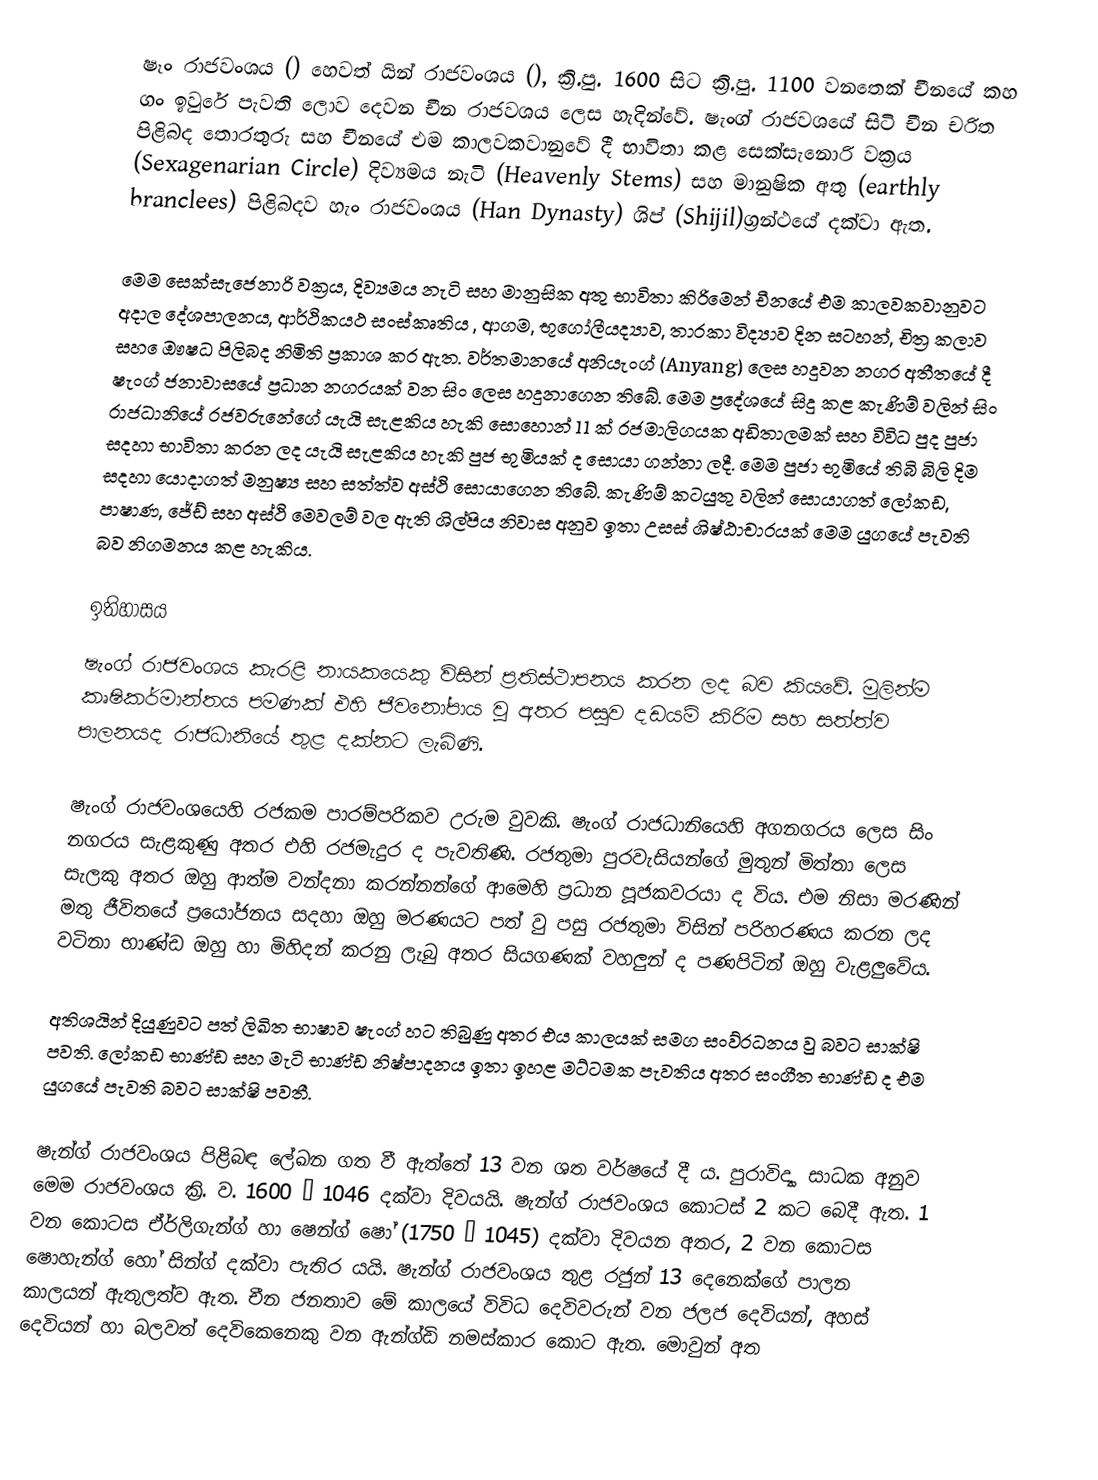
ෂෑං රාජවංශය () හෙවත් ‍යින් ‍රාජවංශය (), ක්‍රි.පු. 1600 සිට ක්‍රි.පු. 1100 වනතෙක් චීනයේ කහ ගං ඉවුරේ පැවති ලොව දෙවන චීන රාජවශය ලෙස හැදින්වේ. ෂැංග් රාජවශයේ සිටි චීන චරිත පිළිබද තොරතුරු සහ චීනයේ එම කාලවකවානුවේ දී භාවිතා කළ සෙක්සැනොරි වක්‍රය (Sexagenarian Circle) දිව්‍යමය නැටි  (Heavenly Stems) සහ මානුෂික අතු (earthly branclees) පිළිබදව හැං රාජවංශය (Han Dynasty) ශිප් (Shijil)ග්‍රන්ථයේ දක්වා ඇත.

මෙම සෙක්සැජෙනාරි වක්‍රය, දිව්‍යමය නැටි සහ මානුසික අතු භාවිතා කිරිමෙන් චීනයේ එම කාලවකවානුවට අදාල දේශපාලනය, ආර්ථිකයථ සංස්කෘතිය , ආගම, භූගෝලීයද්‍යාව, තාරකා විද්‍යාව දින සටහන්, චිත්‍ර කලාව සහ ‍ෙඖෂධ පිලිබද නිමිති ප්‍රකාශ කර ඇත. වර්තමානයේ අනියැංග් (Anyang) ලෙස හදුවන නගර අතීතයේ දී ෂැංග් ජනාවාසයේ ප්‍රධාන නගරයක් වන සිං ලෙස හදුනාගෙන තිබේ. මෙම ප්‍රදේශයේ සිදු කළ කැණිම් වලින් සිං රාජධානියේ රජවරුනේගේ යැයි සැළකිය හැකි සොහොන් 11 ක් රජමාලිගයක අඩිතාලමක් සහ විවිධ පුද පුජා සදහා භාවිතා කරන ලද යැයි සැළකිය හැකි පුජ භුමියක් ද සොයා ගන්නා ලදී. මෙම පුජා භුමියේ තිබි බිලි දිම සදහා යොදාගත් මනුෂ්‍ය සහ සත්ත්ව අස්ථි සොයාගෙන තිබේ. කැණිම් කටයුතු වලින් සොයාගත් ලෝකඩ, පාෂාණ, ජේඩ් සහ අස්ථි මෙවලම් වල ඇති ශිල්පිය නිවාස අනුව ඉතා උසස් ශිෂ්ඨාචාරයක් මෙම යුගයේ පැවති බව නිගමනය කළ හැකිය.

ඉතිහාසය
ෂැංග් රාජවංශය කැරළි නායකයෙකු විසින් ප්‍රතිස්ථාපනය කරන ලද බව කියවේ. මුලින්ම කෘෂිකර්මාන්තය පමණක් එහි ජිවනෝපාය වු අතර පසුව දඩයම් කිරිම සහ සත්ත්ව පාලනයද රාජධානියේ තුළ දක්නට ලැබිණි.

ෂැංග් රාජවංශයෙහි රජකම පාරම්පරිකව උරුම වුවකි. ෂැංග් රාජධානියෙහි අගනගරය ලෙස සිං නගරය සැළකුණු අතර එහි රජමැදුර ද පැවතිණි. රජතුමා පුරවැසියන්ගේ මුතුන් මිත්තා ලෙස සැලකු අතර ඔහු ආත්ම වන්දනා කරන්නන්ගේ ආමෙහි ප්‍රධාන පූජකවරයා ද විය. එම නිසා මරණින් මතු ජීවිතයේ ප්‍රයෝජනය සදහා ඔහු මරණය‍ට පත් වු පසු රජතුමා විසින් පරිහරණය කරන ලද වටිනා භාණ්ඩ ඔහු හා මිහිදන් කරනු ලැ‍බු අතර සියගණක් වහලුන් ද පණපිටින් ඔහු වැළලුවේය.

අතිශයින් දියුණුවට පත් ලිඛිත භාෂාව ෂැංග් හට තිබුණු අතර එය කාලයක් සමග සංව්රධනය වු බවට සාක්ෂි පවති. ලෝකඩ භාණ්ඩ සහ මැටි භාණ්ඩ නිෂ්පාදනය ඉතා ඉහළ මට්ටමක පැවතිය අතර සංගීත භාණ්ඩ ද එම යුගයේ පැවති බවට සාක්ෂි පවතී.

ෂැන්ග් රාජවංශය පිළිබඳ ලේඛන ගත වී ඇත්තේ 13 වන ශත වර්ෂයේ දී ය. පුරාවිද්‍යා සාධක අනුව මෙම රාජවංශය ක්‍රි. ව. 1600 – 1046 දක්වා දිවයයි. ෂැන්ග් රාජවංශය කොටස් 2 කට බෙදී ඇත. 1 වන කොටස ඒර්ලිගැන්ග් හා ෂෙන්ග්  ෂෝ  (1750 – 1045) දක්වා දිවයන අතර, 2 වන කොටස ෂොහැන්ග් හෝ සින්ග් දක්වා පැතිර යයි. ෂැන්ග්  රාජවංශය තුළ රජුන් 13 දෙනෙක්ගේ පාලන කාලයන් ඇතුලත්ව ඇත. චීන ජනතාව මේ කාලයේ විවිධ දෙවිවරුන් වන ජලජ දෙවියන්, අහස් දෙවියන්  හා බලවත් දෙවිකෙනෙකු වන ඇන්ග්ඩි නමස්කාර කොට ඇත. මොවුන් අත